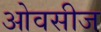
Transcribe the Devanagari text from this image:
ओवसीज